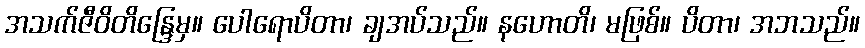
အသက်ဇီဝိတိန္ဒြေမှ။ ပေါရောပိတာ၊ ချအပ်သည်။ နဟောတိ၊ မဖြစ်။ ပိတာ၊ အဘသည်။